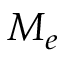
{ \cal M } _ { e }